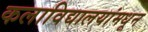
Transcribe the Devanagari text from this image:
कलाविद्यालयांमधून